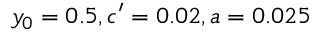
y _ { 0 } = 0 . 5 , c ^ { \prime } = 0 . 0 2 , a = 0 . 0 2 5